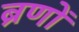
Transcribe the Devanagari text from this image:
ब्रणों